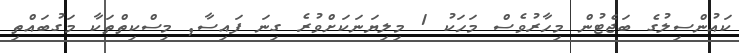
ކައުންސިލުގެ ބަޖެޓުން މިހާރުވެސް މަހަކު 1 މިލިޔަނަކަށްވުރެ ގިނަ ފައިސާ